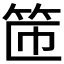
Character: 𫁹